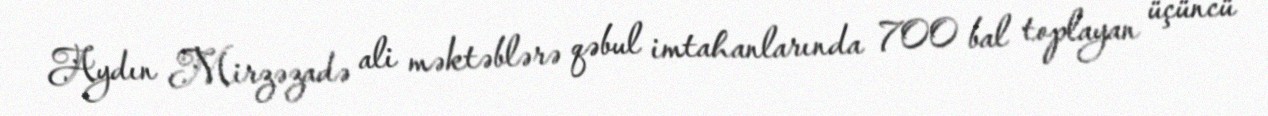
Aydın Mirzəzadə ali məktəblərə qəbul imtahanlarında 700 bal toplayan üçüncü